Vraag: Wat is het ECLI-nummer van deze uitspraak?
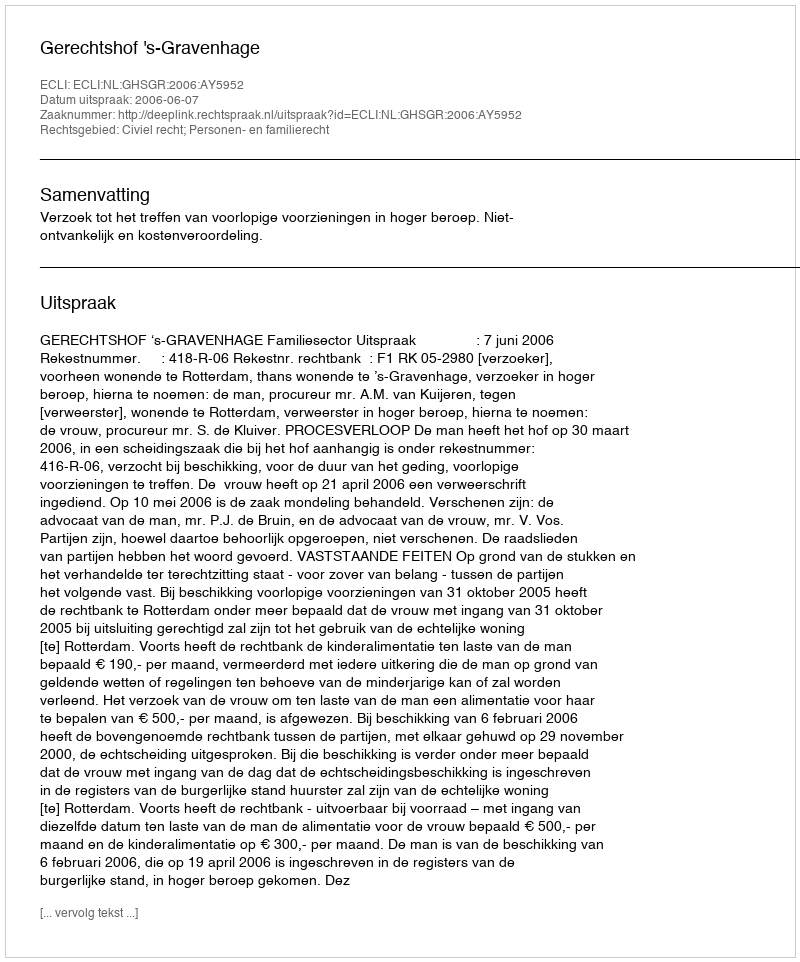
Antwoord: ECLI:NL:GHSGR:2006:AY5952